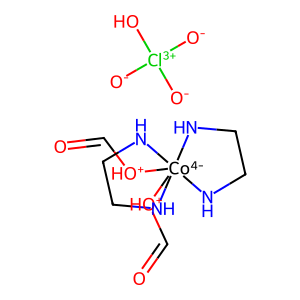
SMILES: O=C[OH+][Co-4]12([OH+]C=O)(NCCN1)NCCN2.[O-][Cl+3]([O-])([O-])O
Inhibits HIV replication: No